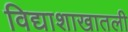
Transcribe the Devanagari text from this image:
विद्याशाखातली